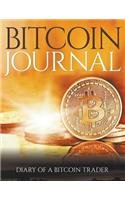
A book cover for Bitcoin Journal: Diary of a Bitcoin Trader; Dale Blake; Computers & Technology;